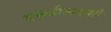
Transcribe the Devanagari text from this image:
एफडीआइसी